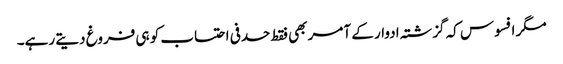
مگر افسوس کہ گزشتہ ادوار کے آمر بھی فقط حدفی احتساب کو ہی فروغ دیتے رہے۔